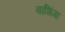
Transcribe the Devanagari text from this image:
बाशिंगा